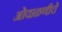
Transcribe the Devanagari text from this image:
ओवाळणीचे